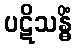
ပဋိသန္ဓိံ